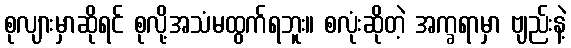
စုလျားမှာဆိုရင် စုလို့အသံမထွက်ရဘူး။ စလုံးဆိုတဲ့ အက္ခရာမှာ ဗျည်းနဲ့